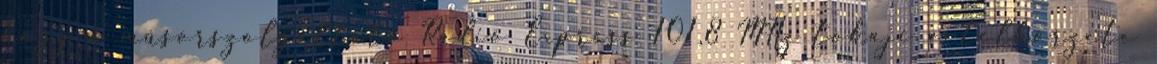
hogy a műsorszolgáltató Rádió Express 101,8 MHz tokaji vételkörzete